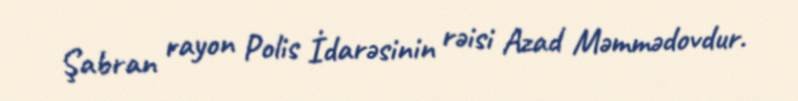
Şabran rayon Polis İdarəsinin rəisi Azad Məmmədovdur.